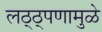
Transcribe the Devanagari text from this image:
लठ्ठ्पणामुळे